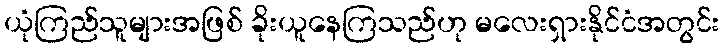
ယုံကြည်သူများအဖြစ် ခိုးယူနေကြသည်ဟု မလေးရှားနိုင်ငံအတွင်း